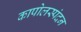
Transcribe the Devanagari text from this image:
कापोलस्पंदन